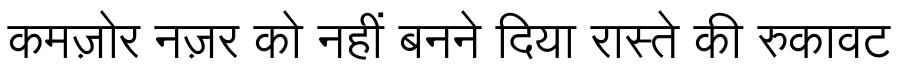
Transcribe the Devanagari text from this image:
कमज़ोर नज़र को नहीं बनने दिया रास्ते की रुकावट